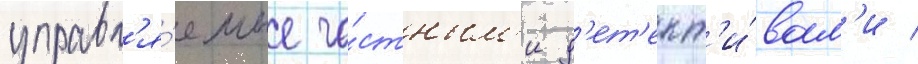
управл'я́емые ча́стным'и д'ет'ект'и́вам'и /